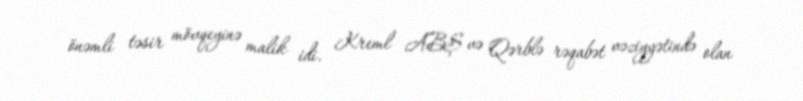
önəmli təsir mövqeyinə malik idi. Kreml ABŞ və Qərblə rəqabət vəziyyətində olan